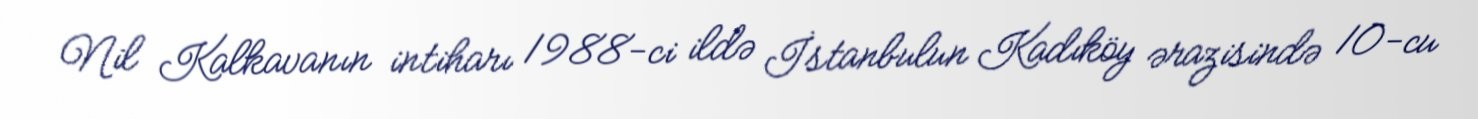
Nil Kalkavanın intiharı 1988-ci ildə İstanbulun Kadıköy ərazisində 10-cu